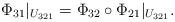
LaTeX: \begin{align*}\Phi_{31}\vert_{U_{321}} = \Phi_{32}\circ\Phi_{21}\vert_{U_{321}}.\end{align*}